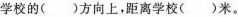
学校的()方向上，距离学校()米。